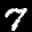
Label: 7